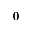
0